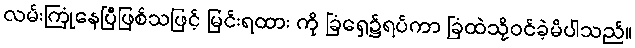
လမ်းကြုံနေပြီဖြစ်သဖြင့် မြင်းရထား ကို ခြံရှေ့၌ရပ်ကာ ခြံထဲသို့ဝင်ခဲ့မိပါသည်။